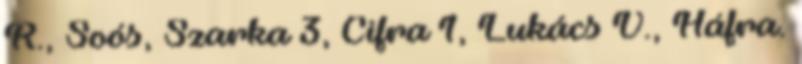
R., Soós, Szarka 3, Cifra 1, Lukács V., Háfra.